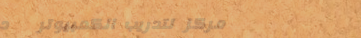
مركز لتدريب الكمبيوتر   د